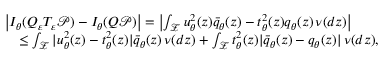
\begin{array} { r l } & { \left| I _ { \theta } ( Q _ { \varepsilon } T _ { \varepsilon } { \mathcal P } ) - I _ { \theta } ( Q { \mathcal P } ) \right| = \left| \int _ { \mathcal Z } u _ { \theta } ^ { 2 } ( z ) \bar { q } _ { \theta } ( z ) - t _ { \theta } ^ { 2 } ( z ) q _ { \theta } ( z ) \, \nu ( d z ) \right| } \\ & { \quad \le \int _ { \mathcal Z } | u _ { \theta } ^ { 2 } ( z ) - t _ { \theta } ^ { 2 } ( z ) | \bar { q } _ { \theta } ( z ) \, \nu ( d z ) + \int _ { \mathcal Z } t _ { \theta } ^ { 2 } ( z ) | \bar { q } _ { \theta } ( z ) - q _ { \theta } ( z ) | \, \nu ( d z ) , } \end{array}